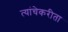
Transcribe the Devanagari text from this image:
त्यांचेकरीता